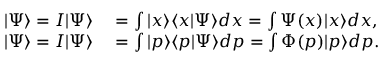
\begin{array} { r l } { | \Psi \rangle = I | \Psi \rangle } & { { } = \int | x \rangle \langle x | \Psi \rangle d x = \int \Psi ( x ) | x \rangle d x , } \\ { | \Psi \rangle = I | \Psi \rangle } & { { } = \int | p \rangle \langle p | \Psi \rangle d p = \int \Phi ( p ) | p \rangle d p . } \end{array}